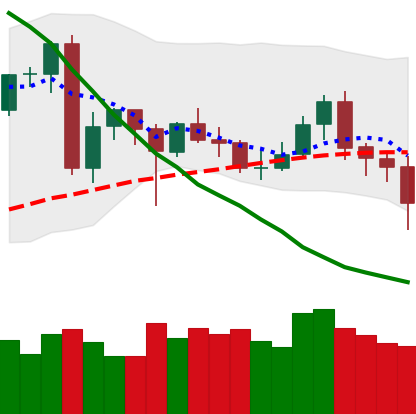
Ticker: XMR-USD
Chart end date: 2020-06-27
Forward return: 5.707%
Label: up_5_7